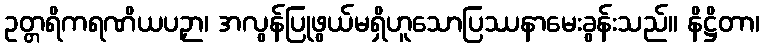
ဥတ္တရိကရဏိယပဉှာ၊ အလွန်ပြုဖွယ်မရှိဟူသောပြဿနာမေးခွန်းသည်။ နိဋ္ဌိတာ၊